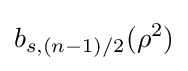
b_{s,(n-1)/2}(\rho ^{2})